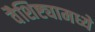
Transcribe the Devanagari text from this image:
वैशिष्ट्यामध्ये